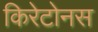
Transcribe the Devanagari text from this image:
किरेटोनस